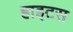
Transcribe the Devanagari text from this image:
हाइटस